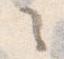
々